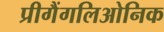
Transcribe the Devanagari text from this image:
प्रीगैंगलिओनिक